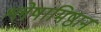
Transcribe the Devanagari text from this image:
श्लेषामिष्ठान